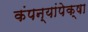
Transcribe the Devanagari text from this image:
कंपन्यांपेक्षा